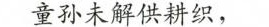
童孙未解供耕织，